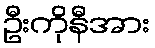
ဦးကိုနီအား